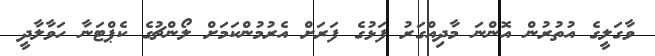
ވާގަލީގެ އުތުރުން އޮންނަ މާދިއްގަރު ފަޅުގެ ފަރަށް އެރުމުންކަމަށް ލޯންޗުގެ ކެޕްޓަނާ ހަވާލާދީ